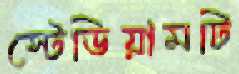
স্টেডিয়ামটি